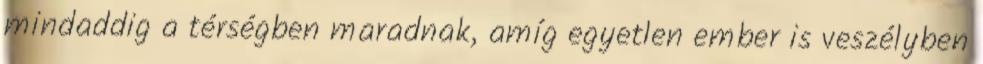
mindaddig a térségben maradnak, amíg egyetlen ember is veszélyben